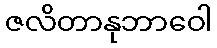
ဇလိတာနုဘာဝေါ